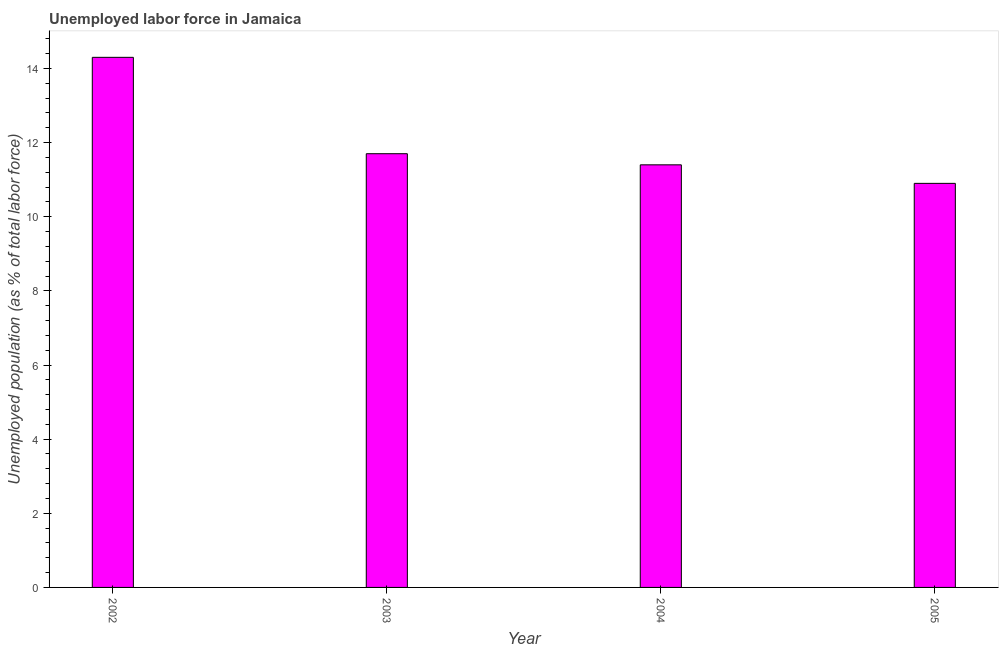
| Year | Unemployment |
 | --- | --- |
 | 2002 | 14.3 |
 | 2003 | 11.7 |
 | 2004 | 11.4 |
 | 2005 | 10.9 |